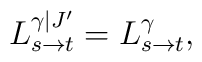
L_{s\to t}^{\gamma|J'} = L_{s\to t}^{\gamma},